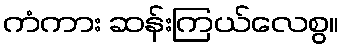
ကံကား ဆန်းကြယ်လေစွ။